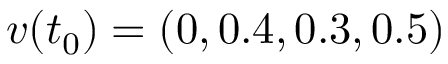
v ( t _ { 0 } ) = ( 0 , 0 . 4 , 0 . 3 , 0 . 5 )